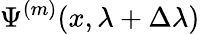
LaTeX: \Psi^{(m)}(x,\lambda+\Delta\lambda)